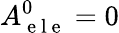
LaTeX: A_{\mathrm{~e~l~e~}}^{0}=0